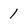
Character: 1